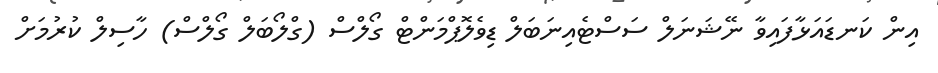
އިން ކަނޑައަޅާފައިވާ ނޭޝަނަލް ސަސްޓެއިނަބަލް ޑިވެލޮޕްމަންޓް ގޯލްސް (ގްލޯބަލް ގޯލްސް) ހާސިލް ކުރުމަށް